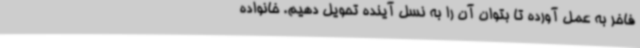
فاخر به عمل آورده تا بتوان آن را به نسل آینده تحویل دهیم. خانواده